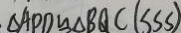
\Delta A P D \cong \Delta B Q C ( S S S )